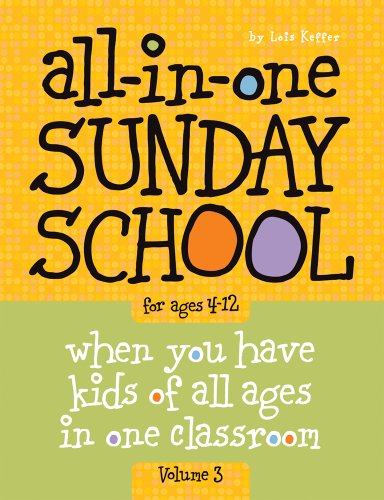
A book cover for All-in-One Sunday School Volume 3: When you have kids of all ages in one classroom; Lois Keffer; Christian Books & Bibles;